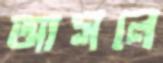
আসনে